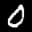
Label: 0